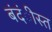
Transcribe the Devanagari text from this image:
बंदंीस्त